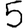
Digit: 5